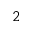
^ 2